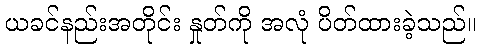
ယခင်နည်းအတိုင်း နှုတ်ကို အလုံ ပိတ်ထားခဲ့သည်။